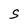
Character: S